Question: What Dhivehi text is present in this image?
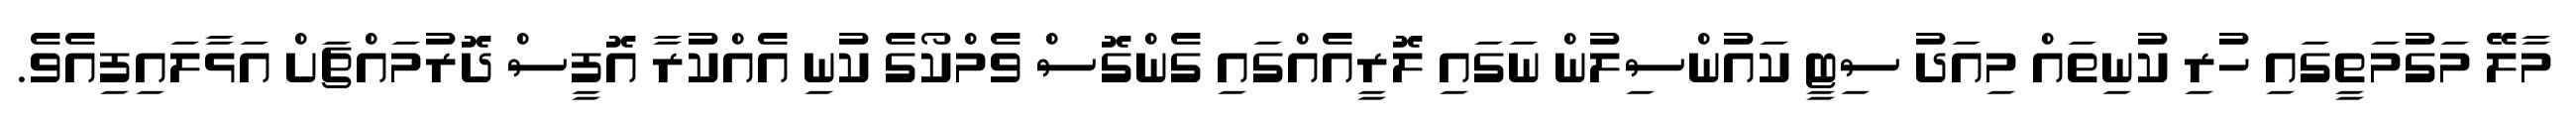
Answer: މާލޭ މަގުމަތީގައި ހުރި ކުނިތައް މިއަދު ސިޓީ ކައުންސިލުން ނަގައި ލޮރީއެއްގައި ގެންގޮސް ވެމްކޯގެ ކުނި އެއްކުރާ އޮފީސް ދޮރުމައްޗަށް އަޅާލައިފިއެވެ.